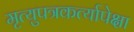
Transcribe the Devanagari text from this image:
मृत्युपत्रकर्त्यापेक्षा